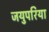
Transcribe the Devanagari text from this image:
जयुपरिया